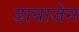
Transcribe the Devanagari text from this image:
डायाजेन